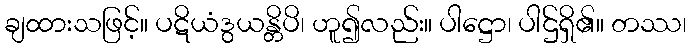
ချထားသဖြင့်။ ပဋိယံဒွယန္တိပိ၊ ဟူ၍လည်း။ ပါဋ္ဌော၊ ပါဌ်ရှိ၏။ တဿ၊